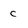
Character: c